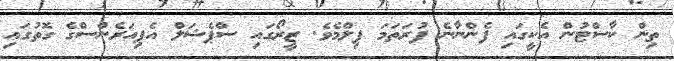
ތިން ކާސްޓުން އެކީގައި ފެންނާނެ ފުރަތަމަ ފިލްމެވެ. ޒީރޯގައި ސްޕެޝަލް އެޕިއަރެންސްގެ ގޮތުގައި